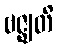
ဗဇ္ဈတိ